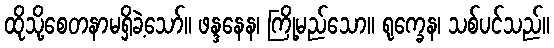
ထိုသို့စေတနာမရှိခဲ့သော်။ ဖန္ဒနေန၊ ကြို့မည်သော။ ရုက္ခေန၊ သစ်ပင်သည်။